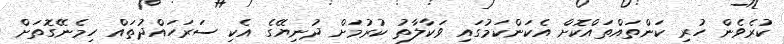
ކުރެވެން ހުރި ކަންތައްތައްކޮށް އެކަންކަމުގައި ވަކާލާތު ކުރުމަށް ދުނިޔޭގެ އެކި ސަރަހައްދުތައް ހިމެނޭގޮތަށް